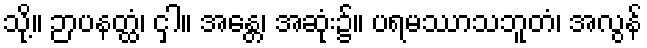
သို့။ ဉာပနတ္ထံ၊ ငှါ။ အန္တေ၊ အဆုံး၌။ ပရမဿာသဘူတံ၊ အလွန်